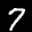
Label: 7